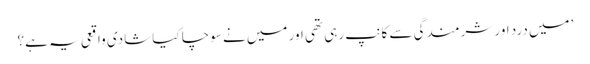
’میں درد اور شرمندگی سے کانپ رہی تھی اور میں نے سوچا کیا شادی واقعی یہ ہے؟